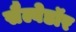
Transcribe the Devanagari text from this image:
सैल्वेडॉर